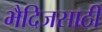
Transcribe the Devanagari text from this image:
भैदिजसाठी